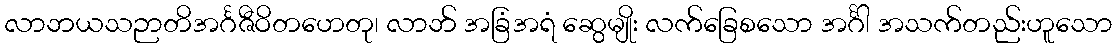
လာဘယသဉာတိအင်္ဂဇီဝိတဟေတု၊ လာဘ် အခြံအရံ ဆွေမျိုး လက်ခြေစသော အင်္ဂါ အသက်တည်းဟူသော